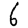
Digit: 6